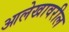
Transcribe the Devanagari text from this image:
आलेखावरील